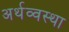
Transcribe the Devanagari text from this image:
अर्थव्वस्था